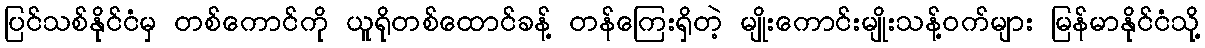
ပြင်သစ်နိုင်ငံမှ တစ်ကောင်ကို ယူရိုတစ်ထောင်ခန့် တန်ကြေးရှိတဲ့ မျိုးကောင်းမျိုးသန့်ဝက်များ မြန်မာနိုင်ငံသို့